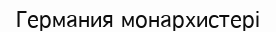
Германия монархистері